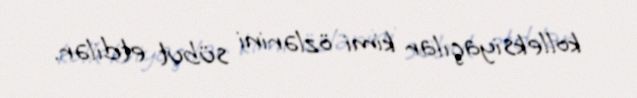
kolleksiyaçılar kimi özlərini sübut etdilər.